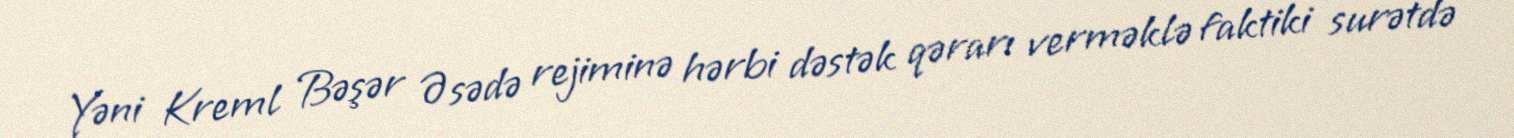
Yəni Kreml Bəşər Əsədə rejiminə hərbi dəstək qərarı verməklə faktiki surətdə